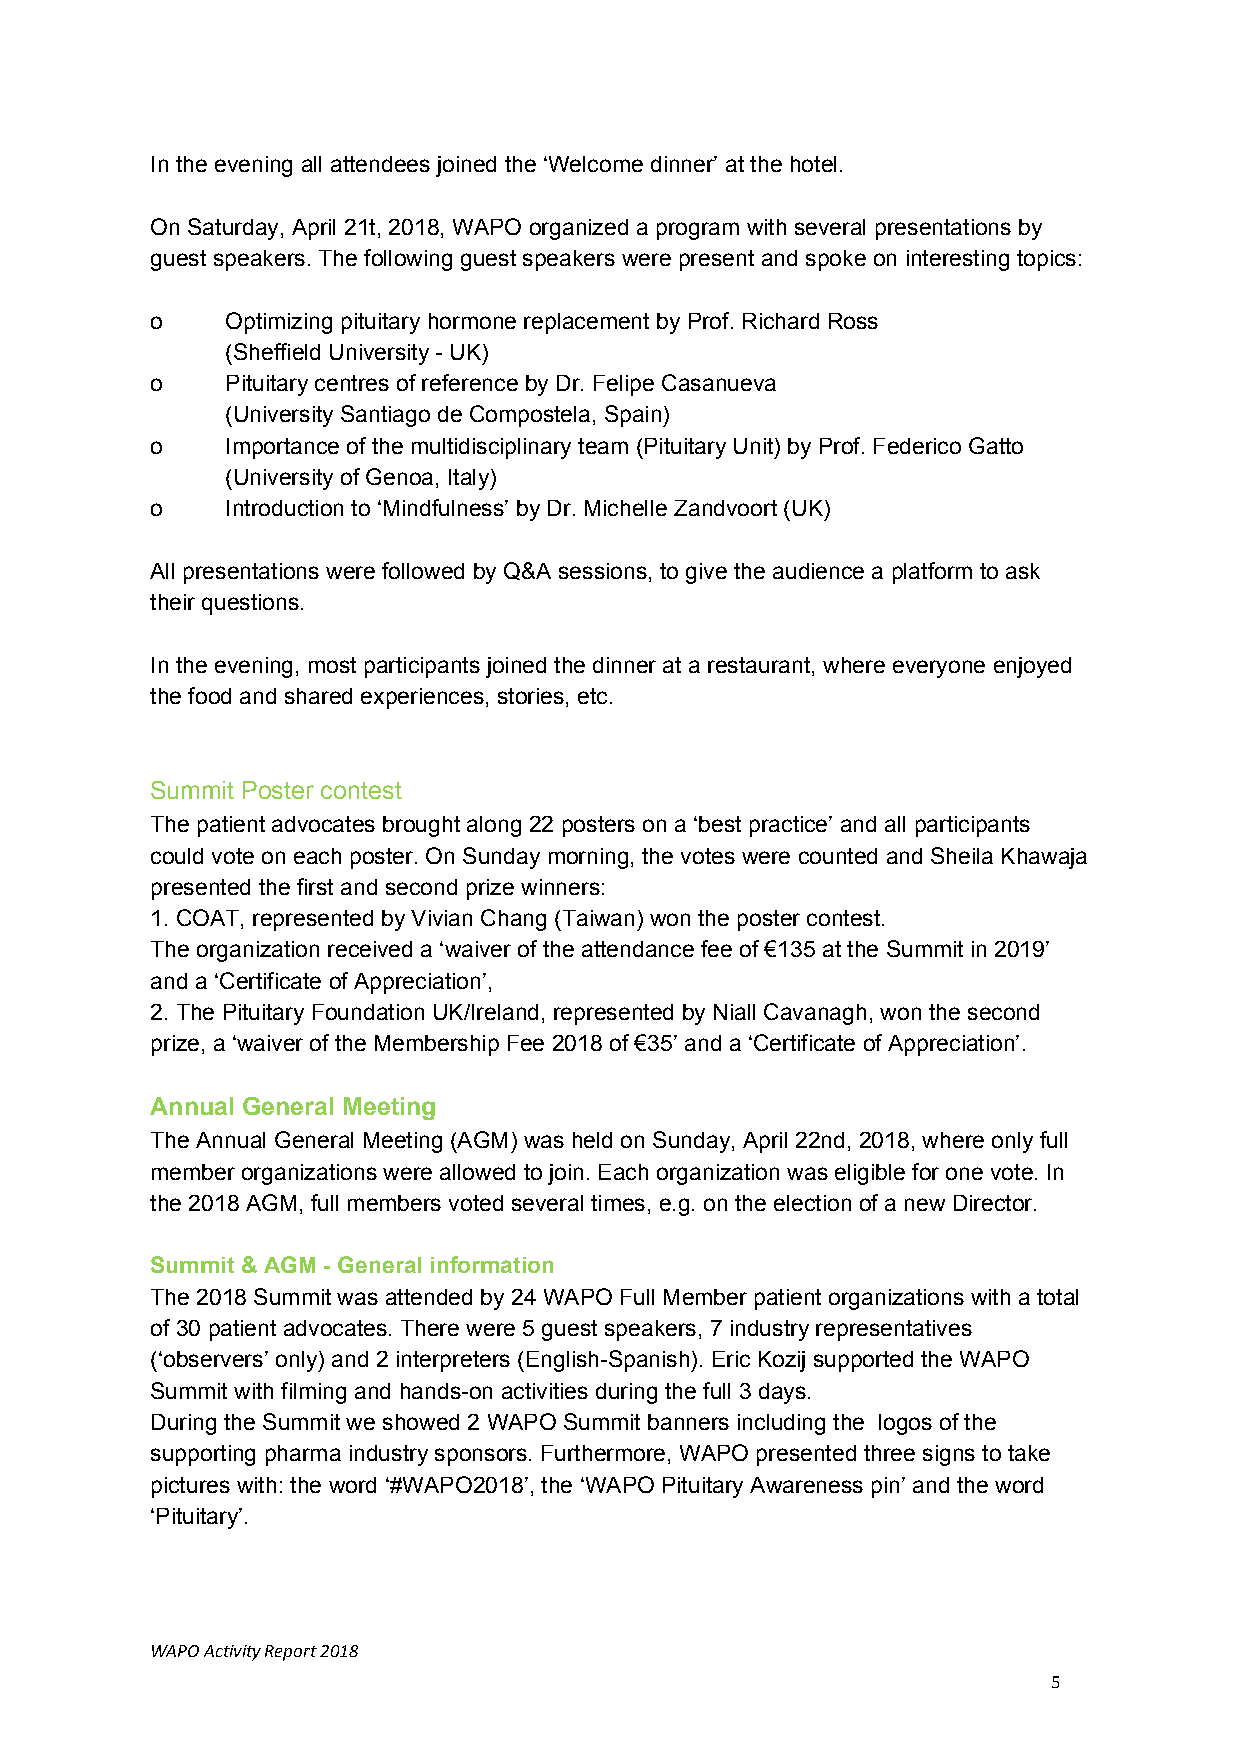
In the evening all attendees joined the ‘Welcome dinner’ at the hotel.
 On Saturday, April 21t, 2018, WAPO organized a program with several presentations by
 guest speakers. The following guest speakers were present and spoke on interesting topics:
 o    Optimizing pituitary hormone replacement by Prof. Richard Ross
 (Sheffield University - UK)
 o    Pituitary centres of reference by Dr. Felipe Casanueva
 (University Santiago de Compostela, Spain)
 o    Importance of the multidisciplinary team (Pituitary Unit) by Prof. Federico Gatto
 (University of Genoa, Italy)
 o    Introduction to ‘Mindfulness’ by Dr. Michelle Zandvoort (UK)
 All presentations were followed by Q&A sessions, to give the audience a platform to ask
 their questions.
 In the evening, most participants joined the dinner at a restaurant, where everyone enjoyed
 the food and shared experiences, stories, etc.
 Summit Poster contest
 The patient advocates brought along 22 posters on a ‘best practice’ and all participants
 could vote on each poster. On Sunday morning, the votes were counted and Sheila Khawaja
 presented the first and second prize winners:
 1. COAT, represented by Vivian Chang (Taiwan) won the poster contest.
 The organization received a ‘waiver of the attendance fee of €135 at the Summit in 2019’
 and a ‘Certificate of Appreciation’,
 2. The Pituitary Foundation UK/Ireland, represented by Niall Cavanagh, won the second
 prize, a ‘waiver of the Membership Fee 2018 of €35’ and a ‘Certificate of Appreciation’.
 Annual General Meeting
 The Annual General Meeting (AGM) was held on Sunday, April 22nd, 2018, where only full
 member organizations were allowed to join. Each organization was eligible for one vote. In
 the 2018 AGM, full members voted several times, e.g. on the election of a new Director.
 Summit & AGM - General information
 The 2018 Summit was attended by 24 WAPO Full Member patient organizations with a total
 ​ ​
 of 30 patient advocates. There were 5 guest speakers, 7 industry representatives
 (‘observers’ only) and 2 interpreters (English-Spanish). Eric Kozij supported the WAPO
 Summit with filming and hands-on activities during the full 3 days.
 During the Summit we showed 2 WAPO Summit banners including the logos of the
 supporting pharma industry sponsors. Furthermore, WAPO presented three signs to take
 pictures with: the word ‘#WAPO2018’, the ‘WAPO Pituitary Awareness pin’ and the word
 ‘Pituitary’.
 WAPO Activity Report 2018
 5